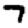
Digit: 7